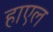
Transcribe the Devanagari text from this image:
हाएल